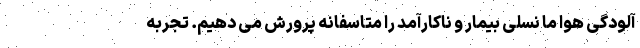
آلودگی هوا ما نسلی بیمار و ناکارآمد را متاسفانه پرورش می دهیم. تجربه